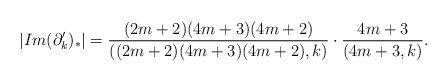
LaTeX: \begin{align*}|Im(\partial'_k)_*|=\frac{(2m+2)(4m+3)(4m+2)}{((2m+2)(4m+3)(4m+2), k)}\cdot\frac{4m+3}{(4m+3,k)}.\end{align*}